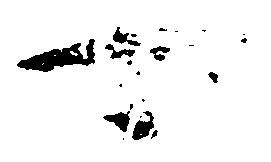
可